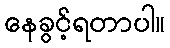
နေခွင့်ရတာပါ။